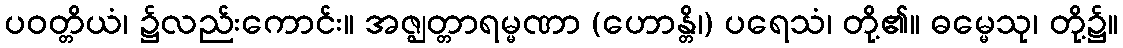
ပဝတ္တိယံ၊ ၌လည်းကောင်း။ အဇ္ဈတ္တာရမ္မဏာ (ဟောန္တိ၊) ပရေသံ၊ တို့၏။ ဓမ္မေသု၊ တို့၌။